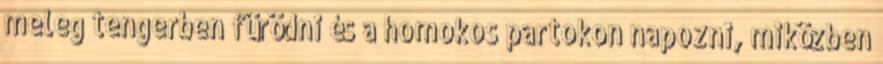
meleg tengerben fürödni és a homokos partokon napozni, miközben